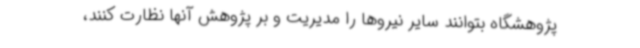
پژوهشگاه بتوانند سایر نیروها را مدیریت و بر پژوهش آنها نظارت کنند،